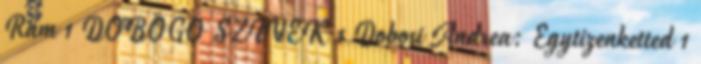
Rám 1 DOBOGÓ SZIVEK 1 Dobosi Andrea: Egytizenketted 1